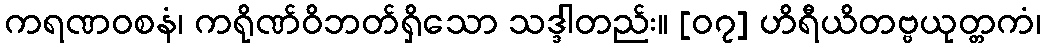
ကရဏဝစနံ၊ ကရိုဏ်ဝိဘတ်ရှိသော သဒ္ဒါတည်း။ [၀၇] ဟိရီယိတဗ္ဗယုတ္တကံ၊